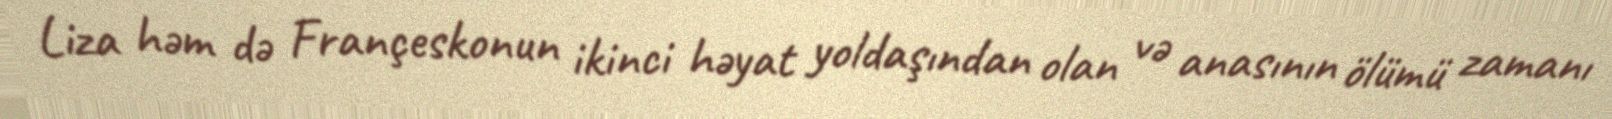
Liza həm də Françeskonun ikinci həyat yoldaşından olan və anasının ölümü zamanı